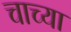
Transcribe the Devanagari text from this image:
चाच्या